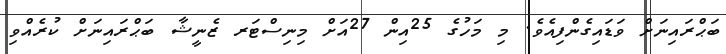
ބަޙްރައިނަށް ވަޑައިގެންފިއެވެ. މި މަހުގެ 25އިން 27އަށް މިނިސްޓަރ ޒެނީޝާ ބަޙްރައިނަށް ކުރެއްވި